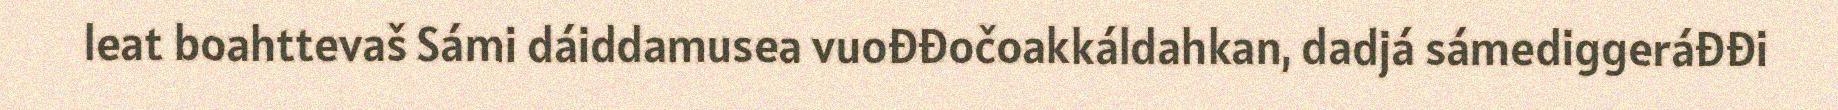
leat boahttevaš Sámi dáiddamusea vuođđočoakkáldahkan, dadjá sámediggeráđđi